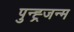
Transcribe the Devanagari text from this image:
पुन्ह्र्जन्म